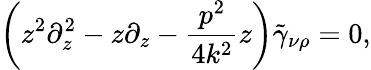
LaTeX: \left(z^{2}\partial_{z}^{2}-z\partial_{z}-\frac{p^{2}}{4k^{2}}z\right)\tilde{\gamma}_{\nu\rho}=0,